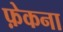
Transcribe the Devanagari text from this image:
फ़ेकना